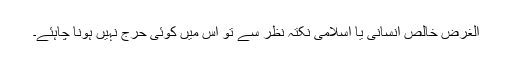
الغرض خالص انسانی یا اسلامی نکتہ نظر سے تو اس میں کوئی حرج نہیں ہونا چاہئے۔